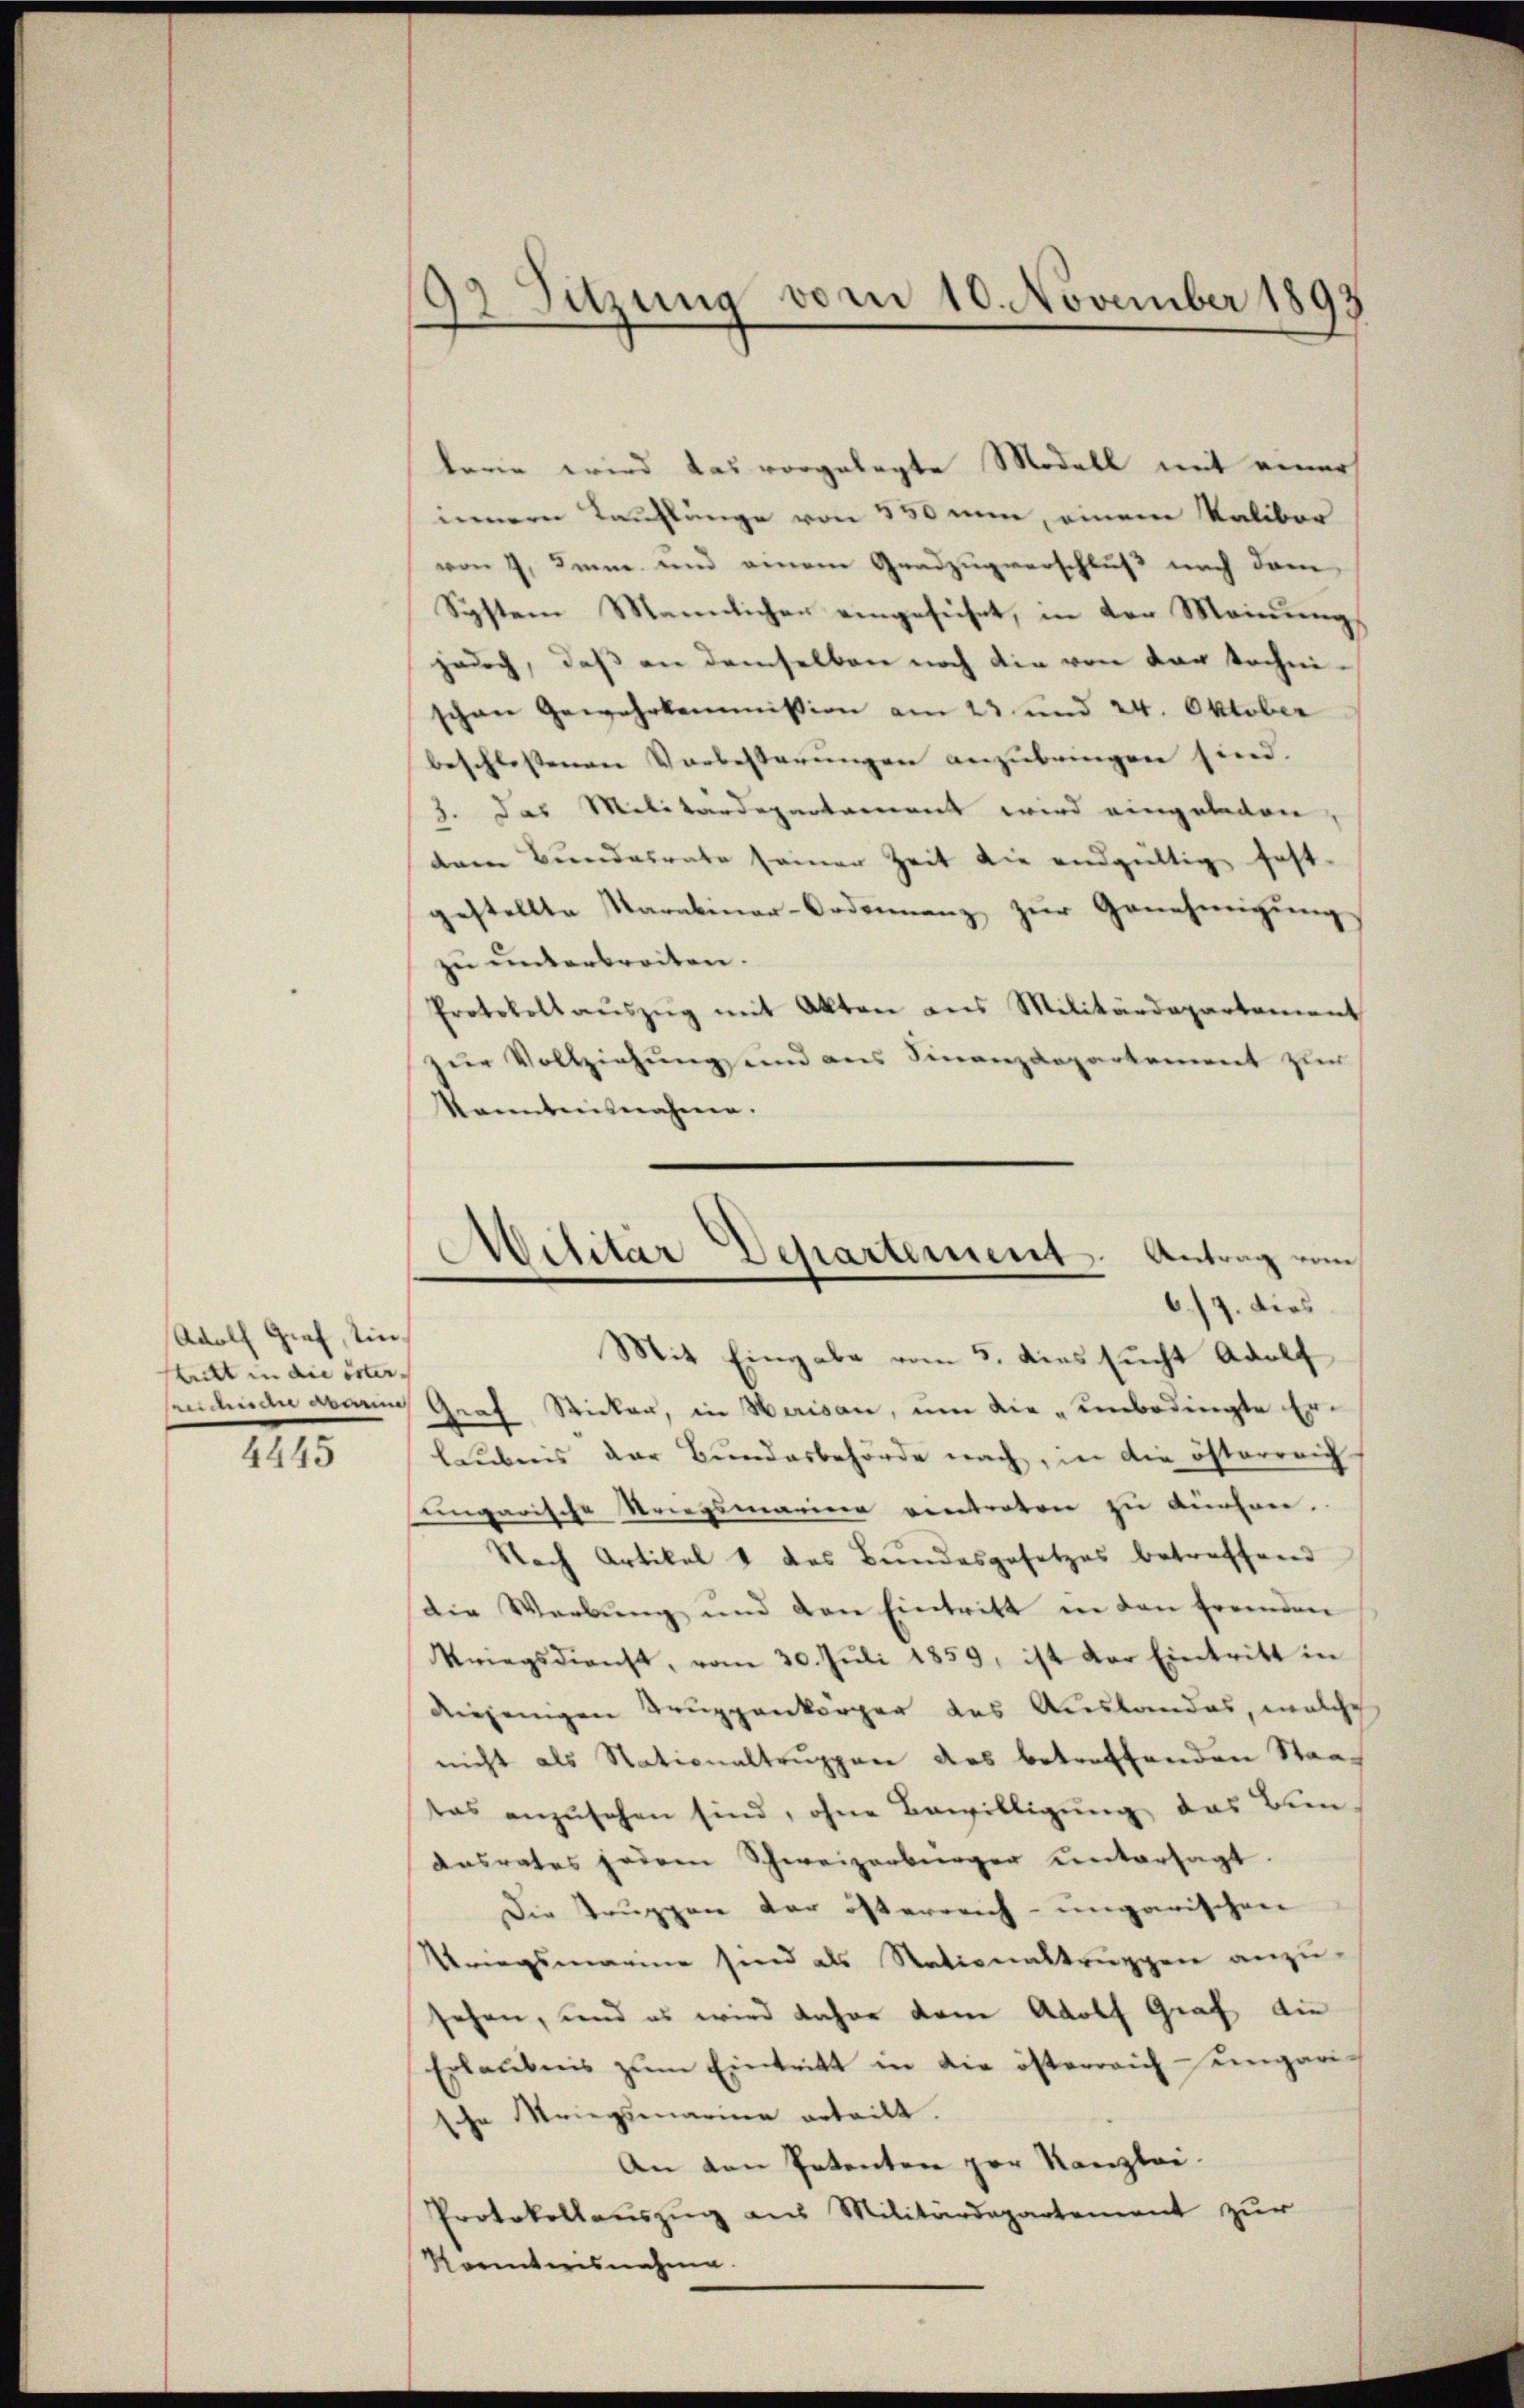
Adolf Graf, ein
tritt in die öster¬
2

93 Setzung vom 10. November 1893

barie wird das vorgelegte Modell mit einer
innern Kauflunge von 450 nun, einem Kalibar
von 4. Jenne und einem Gradzugverschluß nach dem
System Männlicher eingeführt, in der Meinung
jedoch, daß an demselben noch die von der technischen Gewehrkommission am 23. und 24. Oktober
beschlossenen Vorbesserungen anzubringen sind.
3. das Militärdepentament wird eingelegen
dem Bundesrate seiner Zeit die endgültig fest-
gestellte Karabinar-Ordinanz zur Genehmigung
zu unterbreiten.
Protokoll aŭszŭg mit Akten aus Militärdepartement
zur Vollziehung und aus Finanzdepartement zur
kanntnisnahme.
sendenden abani Graf Sticker, in Weisen, um die unbedingte Erlaubens der Bundesbehörde nach, in die österreich
ungarische Striegsmarina eintreten zu Küchen.
Nach Artikel & das Bundesgesetzes betreffend
Die Werbŭng und den Eintritt in den fremden
Kriegsdienst, vom 30. Jŭli 1859, ist der Eintritt in
diejenigen Truppenkörper des Auslandes, welche
nicht als Nationaltruppen des betreffenden Staat
tas anzusehen sind, ohne Bewilligung das Bun¬
Ansrates jedem Schweizerbringer untersagt.
Die Truppen der österreich-ungarischen
Kriegsmarine sind als Nationaltruppen anzusehen, und es wird daher dem Adolf Graf die
Erlaubnis zŭm Eintritt in die österreich engari-
sche Kriegsmarina erteilt.
An den Petenten per Kanzlei-
Protokollauszug aus Militärdepartement zur

Korinterisnahm

Militär Departement. Antrag vom
6./9. dies
Mit Eingabe vom 5. dies sucht Adolf